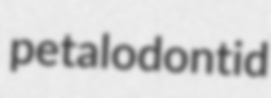
petalodontid